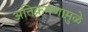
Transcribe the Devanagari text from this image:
अतिक्रमणामु़ळे